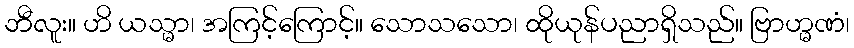
ဘီလူး။ ဟိ ယသ္မာ၊ အကြင့်ကြောင့်။ သောသသော၊ ထိုယုန်ပညာရှိသည်။ ဗြာဟ္မဏံ၊